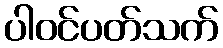
ပါဝင်ပတ်သက်